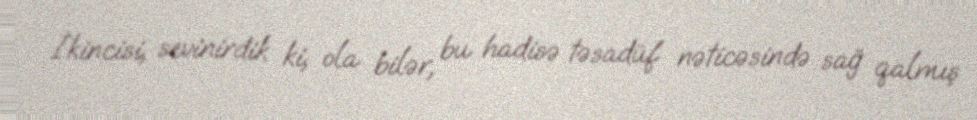
İkincisi, sevinirdik ki, ola bilər, bu hadisə təsadüf nəticəsində sağ qalmış